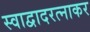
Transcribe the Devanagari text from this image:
स्वाद्वादरत्नाकर